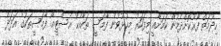
ހިދުމަތް ފޯރުކޮށްދެމުން ކަމަށާއީ މިފަހަރު މިހުޅުވުނު ފާމަސީ ތަކާއެކު އެސްޓީއޯ ފާމަސީތަކުގެ އަދަދު